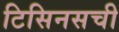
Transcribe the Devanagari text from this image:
टिसिनसची